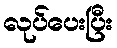
လုပ်ပေးပြီး